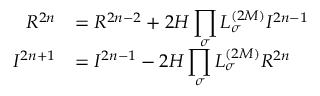
\begin{array} { r l } { { \cal R } ^ { 2 n } } & { = \displaystyle { \cal R } ^ { 2 n - 2 } + 2 { \cal H } \prod _ { \sigma } L _ { \sigma } ^ { ( 2 M ) } { \cal I } ^ { 2 n - 1 } } \\ { { \cal I } ^ { 2 n + 1 } } & { = \displaystyle { \cal I } ^ { 2 n - 1 } - 2 { \cal H } \prod _ { \sigma } L _ { \sigma } ^ { ( 2 M ) } { \cal R } ^ { 2 n } } \end{array}